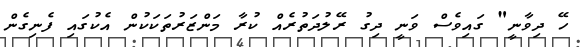
ހޭ ދިވާނީ" ގައިވެސް ވަނީ ދިގު ރޭލުދަތުރެއް ކުރާ މަންޒަރުތަކަކުން އެކުގައި ފެނިގެން